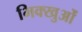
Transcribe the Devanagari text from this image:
भिक्खुओं